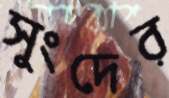
সুংদের